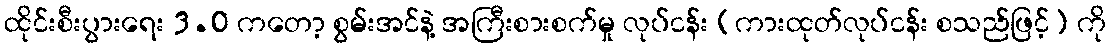
ထိုင်းစီးပွားရေး 3.0 ကတော့ စွမ်းအင်နဲ့ အကြီးစားစက်မှု လုပ်ငန်း (ကားထုတ်လုပ်ငန်း စသည်ဖြင့်) ကို